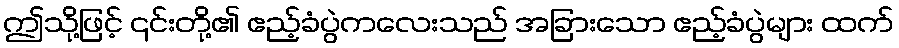
ဤသို့ဖြင့် ၎င်းတို့၏ ဧည့်ခံပွဲကလေးသည် အခြားသော ဧည့်ခံပွဲများ ထက်